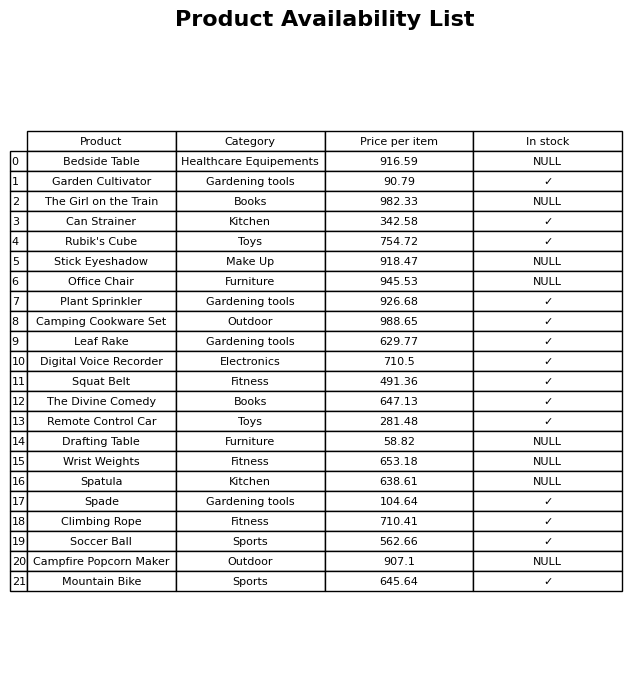
question: What is the price for Wrist Weights?
answer: The price of Wrist Weights is 653.18.